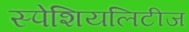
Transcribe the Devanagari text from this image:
स्पेशियलिटीज